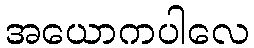
အယောကပါလေ